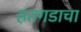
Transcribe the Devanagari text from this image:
हतगडाचा